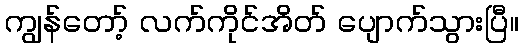
ကျွန်တော့် လက်ကိုင်အိတ် ပျောက်သွားပြီ။